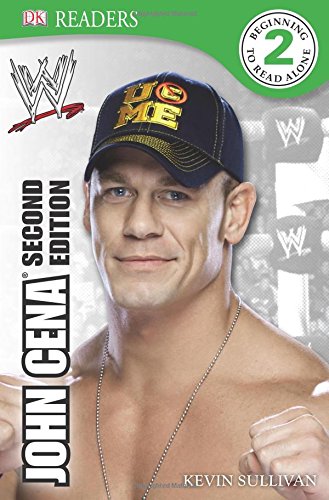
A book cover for DK Reader Level 2:  WWE John Cena Second Edition (DK Readers); Kevin Sullivan; Children's Books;